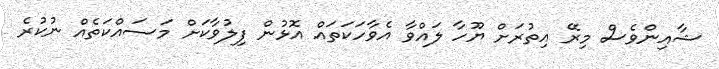
ޝާއިންވެސް މިރޭ އިތުރަށް ޔޫހާ ލައްވާ އެވާހަކަތައް އޮޅުން ފިލުވާކަށް މަސައްކަތެއް ނުކުރެ